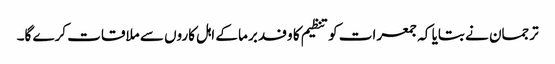
ترجمان نے بتایا کہ جمعرات کو تنظیم کا وفد برما کے اہل کاروں سے ملاقات کرے گا۔